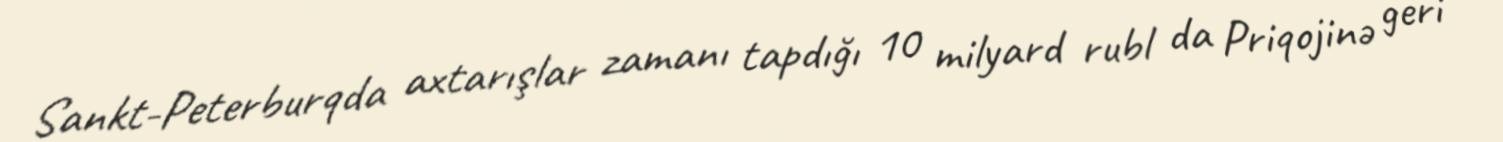
Sankt-Peterburqda axtarışlar zamanı tapdığı 10 milyard rubl da Priqojinə geri